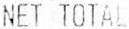
NET TOTAL